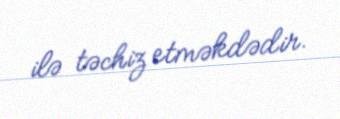
ilə təchiz etməkdədir.